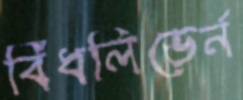
বিঁধলিভের্ন